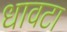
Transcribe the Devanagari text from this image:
धावटा